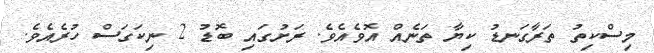
މިސްކިތު ތަރާގަނޑު ކިޔާ ތަނެއް އޮވެއެވެ. ރަށުގައި ބޮޑު 2 ނިކަގަސް ހުރެއެވެ.